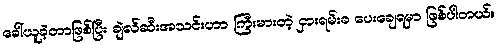
ခေါ်ယူခဲ့တာဖြစ်ပြီး ချဲလ်ဆီးအသင်းဟာ ကြီးမားတဲ့ ငှားရမ်းခ ပေးချေရမှာ ဖြစ်ပါတယ်။